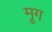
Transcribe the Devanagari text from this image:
मृ्ग